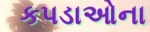
કપડાઓના